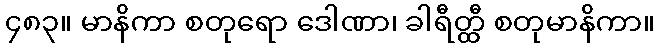
၄၈၃။ မာနိကာ စတုရော ဒေါဏာ၊ ခါရီတ္ထီ စတုမာနိကာ။